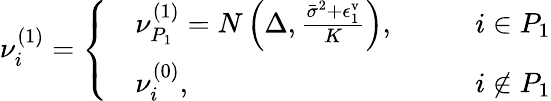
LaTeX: \begin{array}{r}{\nu_{i}^{(1)}=\left\{ \begin{array}{rlrl}&{\nu_{P_{1}}^{(1)}=N\left(\Delta,\frac{\bar{\sigma}^{2}+\epsilon_{1}^{\mathrm{v}}}{K}\right),}&&{\quad i\in P_{1}}\\ &{\nu_{i}^{(0)},}&&{\quad i\notin P_{1}}\end{array}\right.}\end{array}